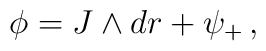
\phi =  J\wedge dr + \psi_{+}\,,